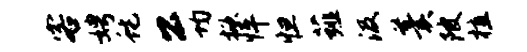
客娉蛇公均掀怦怛薤汲羹陂植